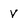
Character: Y